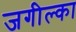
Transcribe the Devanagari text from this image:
जगील्का